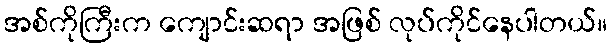
အစ်ကိုကြီးက ကျောင်းဆရာ အဖြစ် လုပ်ကိုင်နေပါတယ်။